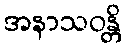
အနာသဝန္တိ